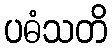
ပဓံသတိ